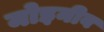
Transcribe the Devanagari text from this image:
मोइनीब